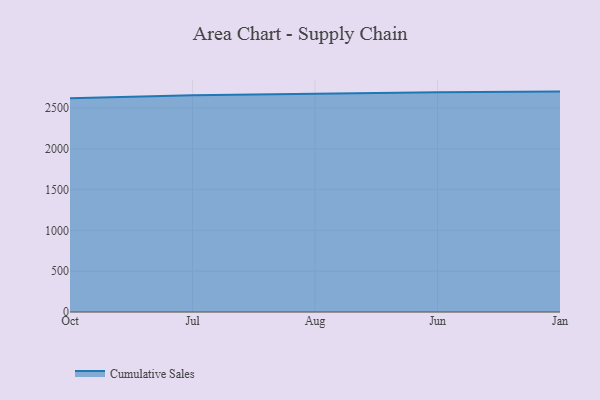
{"axis": {"x": "Month", "y": "Churn Rate (%)"}, "legend": ["Cumulative Sales"], "data": [{"x": "Oct", "y": 2621.6, "type": "Cumulative Sales"}, {"x": "Jul", "y": 2658.2, "type": "Cumulative Sales"}, {"x": "Aug", "y": 2674.5, "type": "Cumulative Sales"}, {"x": "Jun", "y": 2693.3, "type": "Cumulative Sales"}, {"x": "Jan", "y": 2702.0, "type": "Cumulative Sales"}]}